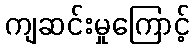
ကျဆင်းမှုကြောင့်